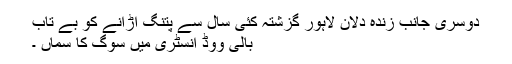
دوسری جانب زندہ دلان لاہور گزشتہ کئی سال سے پتنگ اڑانے کو بے تاب
بالی ووڈ انسٹری میں سوگ کا سماں ۔